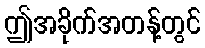
ဤအခိုက်အတန့်တွင်